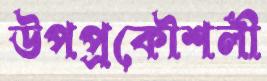
উপপ্রকৌশলী